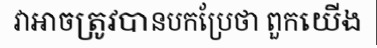
វាអាចត្រូវបានបកប្រែថា ពួកយើង